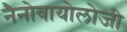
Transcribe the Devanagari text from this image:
नैनोबायोलोजी